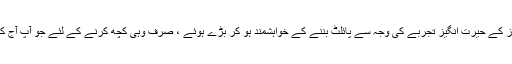
کیا آپ پرواز کے حیرت انگیز تجربے کی وجہ سے پائلٹ بننے کے خواہشمند ہو کر بڑے ہوئے ، صرف وہی کچھ کرنے کے لئے جو آپ آج کر رہے ہیں۔